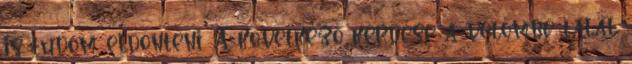
is tudom eldönteni. A következő kérdése a velőmbe talál.